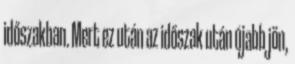
időszakban. Mert ez után az időszak után újabb jön,